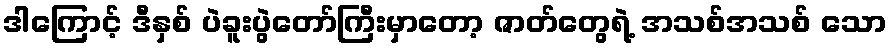
ဒါကြောင့် ဒီနှစ် ပဲခူးပွဲတော်ကြီးမှာတော့ ဇာတ်တွေရဲ့ အသစ်အသစ် သော